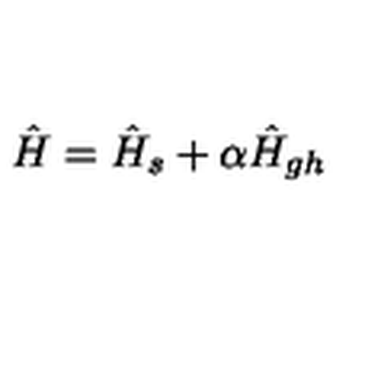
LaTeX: \hat { H } = \hat { H } _ { s } + \alpha \hat { H } _ { g h }